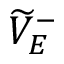
\widetilde { V } _ { E } ^ { - }